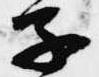
子